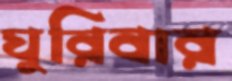
ঘুরিবার